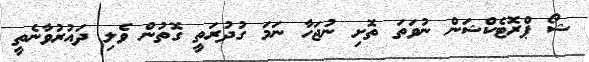
ޝޯ ޕްރޮޓެކްޝަން ނުވަތަ ތޮށި ނުޖަހާ ނަަމަ ގުދުރަތީ ގޮތުން ވެލި ދައުރުވާނެތީ